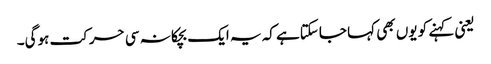
یعنی کہنے کو یوں بھی کہا جاسکتاہے کہ یہ ایک بچکانہ سی حرکت ہوگی۔